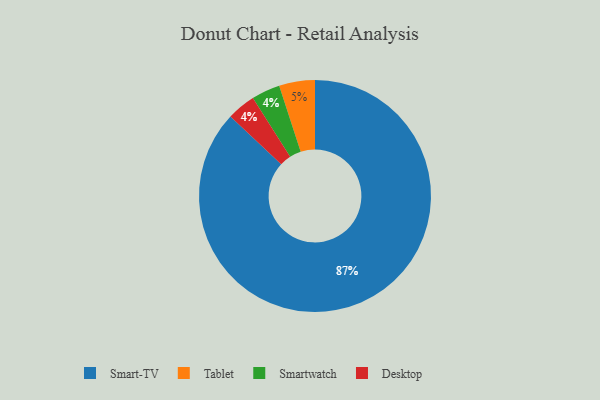
{"axis": {"x": "Category", "y": "Percentage"}, "legend": ["Desktop", "Smart-TV", "Smartwatch", "Tablet"], "data": [{"x": "Smart-TV", "y": 87, "type": "Smart-TV"}, {"x": "Smartwatch", "y": 4, "type": "Smartwatch"}, {"x": "Tablet", "y": 5, "type": "Tablet"}, {"x": "Desktop", "y": 4, "type": "Desktop"}]}